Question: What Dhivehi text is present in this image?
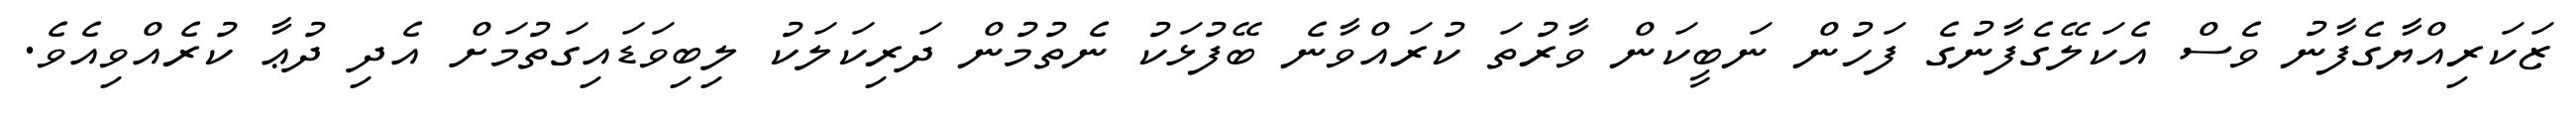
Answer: ޒަކަރިއްޔާގެފާނު ވެސް އެކަލޭގެފާނުގެ ފަހުން ނަބީކަން ވާރުތަ ކުރައްވާނެ ބޭފުޅަކު ނެތުމުން ދަރިކަލަކު ލިބިވަޑައިގަތުމަށް އެދި ދުޢާ ކުރެއްވިއެވެ.